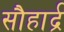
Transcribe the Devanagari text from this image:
सौहार्द्र